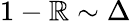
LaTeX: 1-\mathbb{R}\sim\Delta